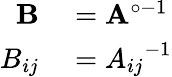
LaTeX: \begin{array}{rl}{\mathbf{B}}&{{}=\mathbf{A}^{\circ-1}}\\ {B_{ij}}&{{}={A_{ij}}^{-1}}\end{array}